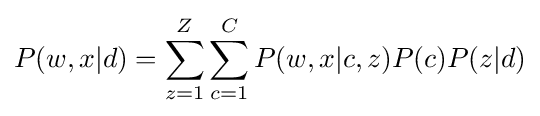
\displaystyle P(w,x|d)=\sum _{z=1}^{Z}\sum _{c=1}^{C}P(w,x|c,z)P(c)P(z|d)